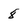
Character: 8